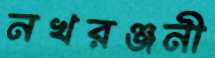
নখরঞ্জনী